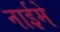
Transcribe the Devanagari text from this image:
नाईमे